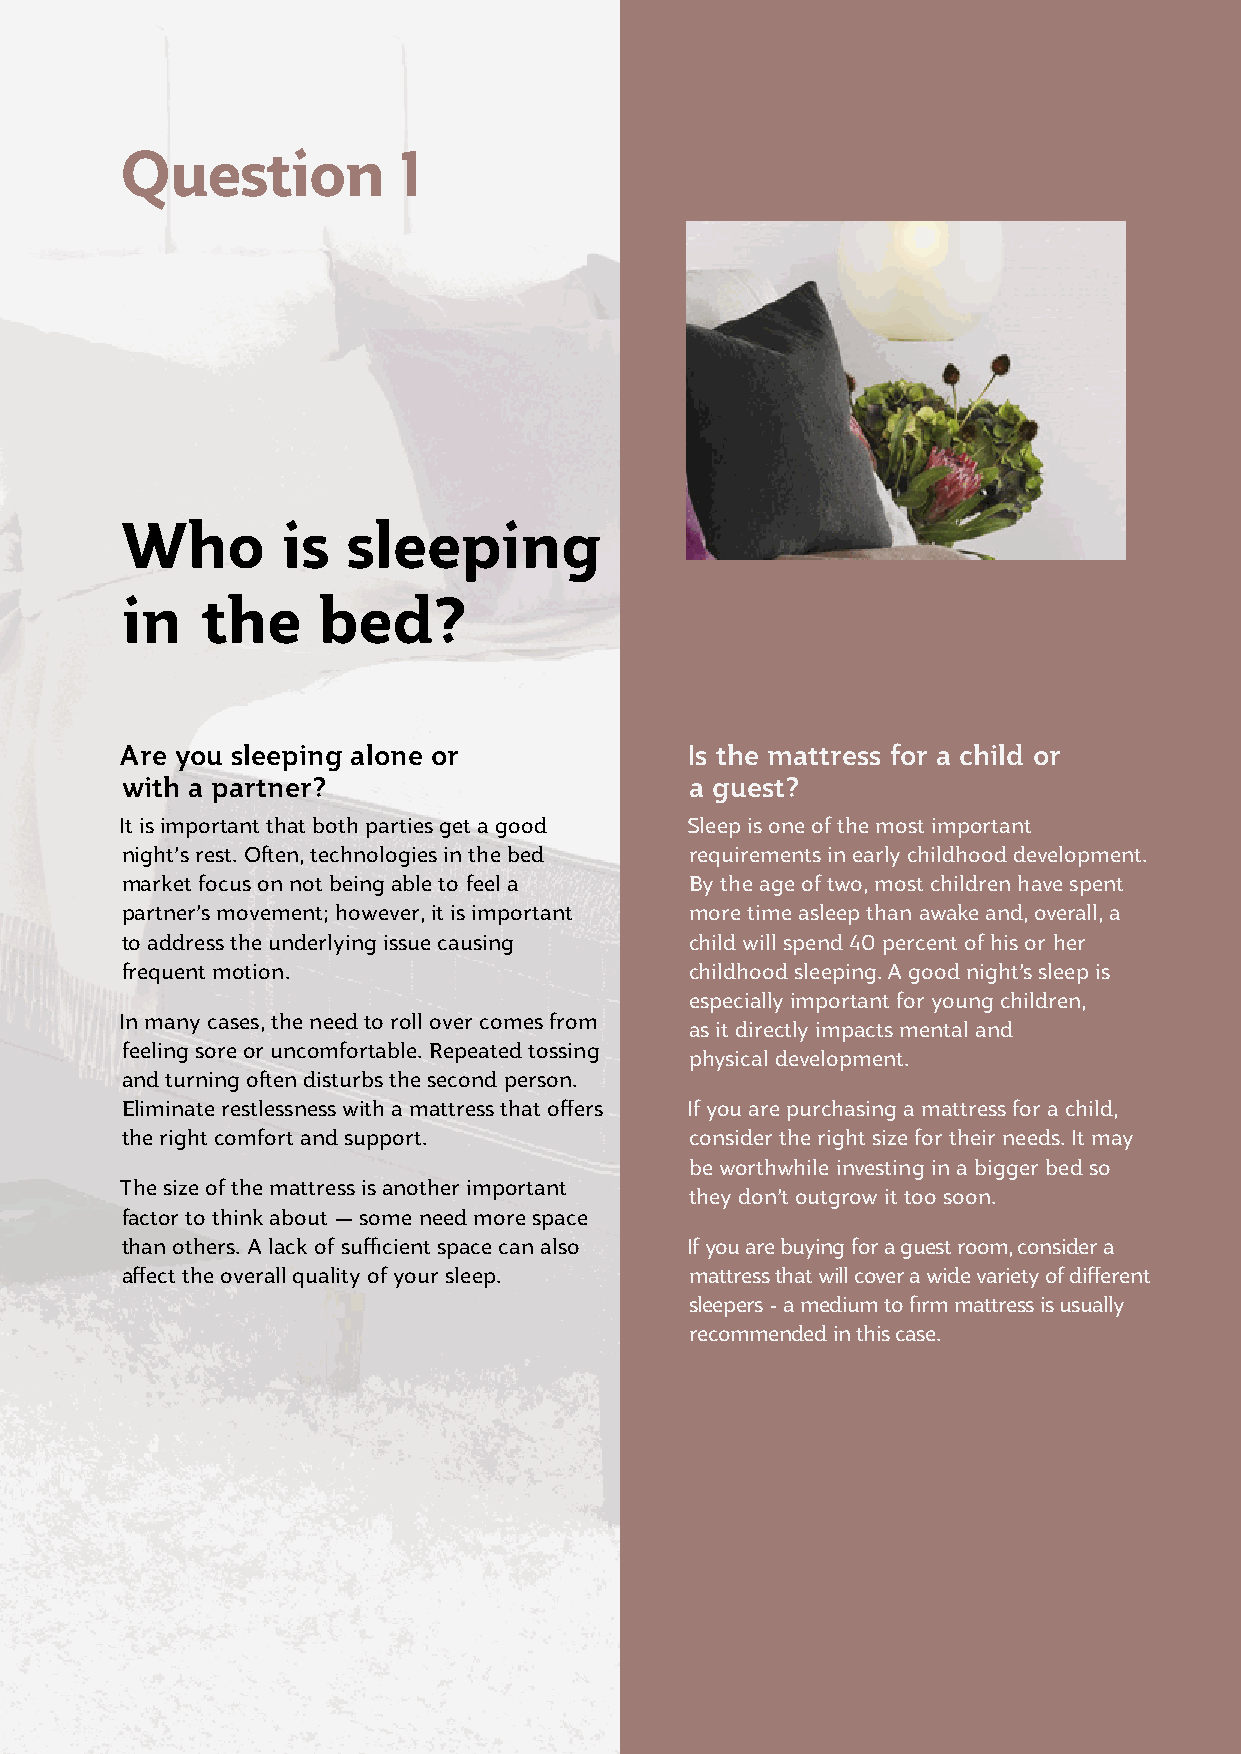
Question          1
 Who        is  sleeping
 in   the     bed?
 Are you sleeping alone or            Is the mattress for a child or
 with a partner?                       a guest?
 It is important that both parties get a good Sleep is one of the most important
 night’s rest. Often, technologies in the bed requirements in early childhood development.
 market focus on not being able to feel a By the age of two, most children have spent
 partner’s movement; however, it is important more time asleep than awake and, overall, a
 to address the underlying issue causing child will spend 40 percent of his or her
 frequent motion.                      childhood sleeping. A good night’s sleep is
 especially important for young children,
 In many cases, the need to roll over comes from
 as it directly impacts mental and
 feeling sore or uncomfortable. Repeated tossing
 physical development.
 and turning often disturbs the second person.
 Eliminate restlessness with a mattress that offers If you are purchasing a mattress for a child,
 the right comfort and support.        consider the right size for their needs. It may
 be worthwhile investing in a bigger bed so
 The size of the mattress is another important
 they don’t outgrow it too soon.
 factor to think about — some need more space
 than others. A lack of sufficient space can also If you are buying for a guest room, consider a
 affect the overall quality of your sleep. mattress that will cover a wide variety of different
 sleepers - a medium to firm mattress is usually
 recommended in this case.